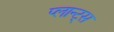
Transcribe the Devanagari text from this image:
प्लान्ट्स